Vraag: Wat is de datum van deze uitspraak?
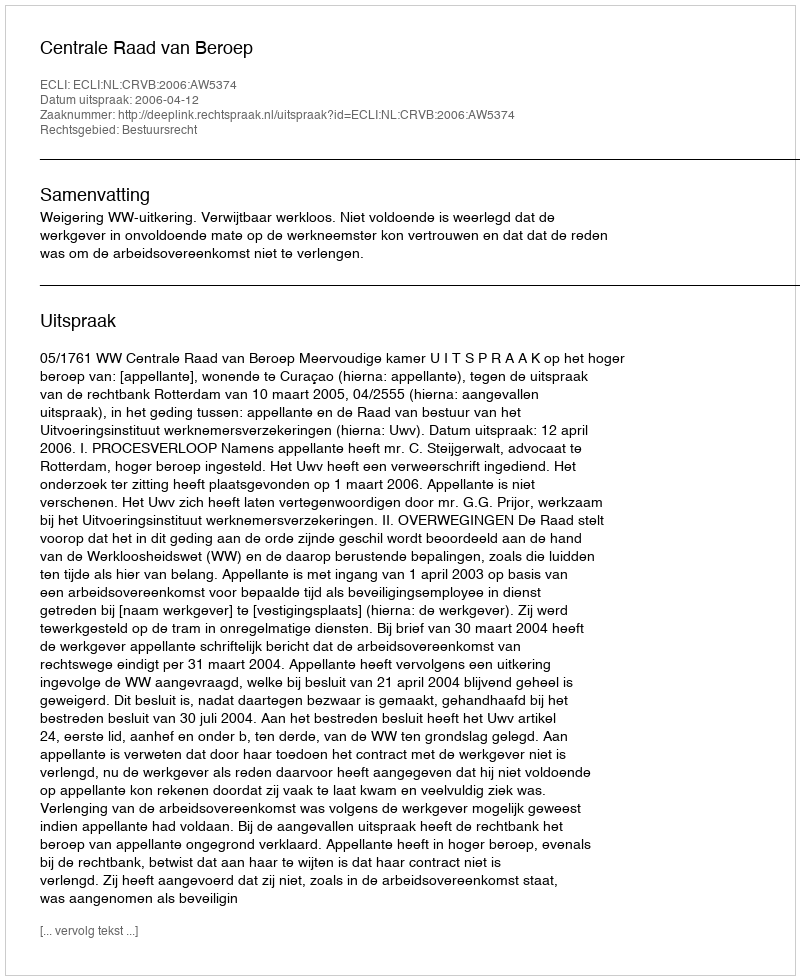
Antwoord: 2006-04-12